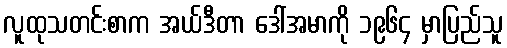
လူထုသတင်းစာက အယ်ဒီတာ ဒေါ်အမာကို ၁၉၆၄ မှာပြည်သူ